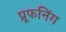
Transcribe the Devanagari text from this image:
प्रूफनिंग